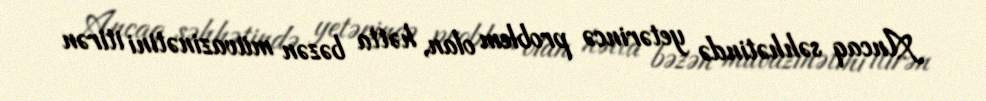
Ancaq səhhətində yetərincə problem olan, hətta bəzən müvazinətini itirən